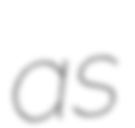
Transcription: as